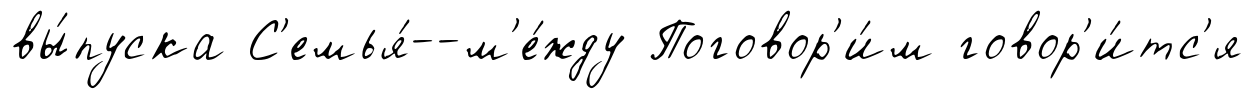
вы́пуска С'емья́--м'е́жду Поговор'и́м говор'и́тс'я